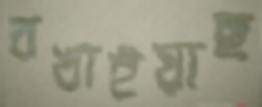
বখাইয়াছ